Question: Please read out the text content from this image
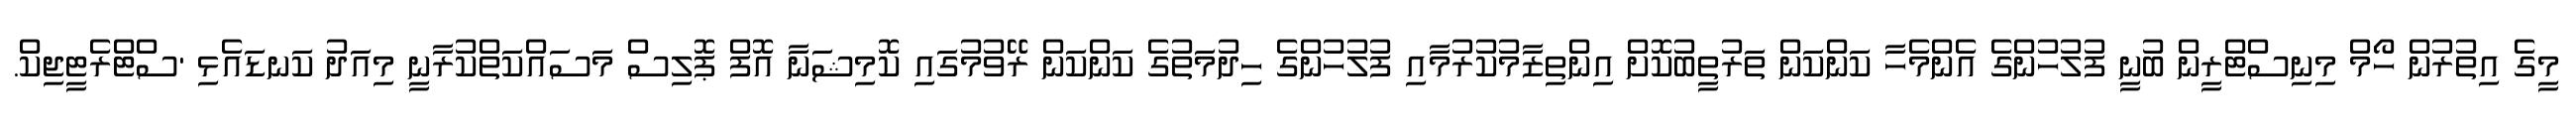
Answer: މީގެ އިތުރުން ހޯމް މިނިސްޓްރީން ބުނީ ފުލުހުންގެ އެންމެހާ ކަންކަން ތަރުތީބުކޮށް އިންތިޒާމުކުރުމާއި ފުލުހުންގެ ހިދުމަތުގެ ކަންކަން ރޭވުމުގައި ކޮމިޝަނާ އޮފް ޕޮލިސް މަސައްކަތްކުރާނީ މިއަދު ކަނޑައެޅި 'ސްޓްރެޓީޖިކް.